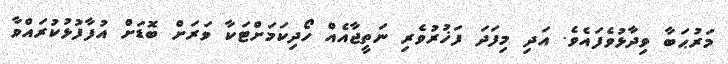
މަރުޙަބާ ވިދާޅުވެފައެވެ. އަދި މިފަދަ ފަޚުރުވެރި ނަތީޖާއެއް ހޯދިކަމަށްޓަކާ ވަރަށް ބޮޑަށް އުފާފުޅުކުރައްވާ